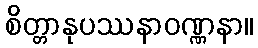
စိတ္တာနုပဿနာဝဏ္ဏနာ။